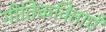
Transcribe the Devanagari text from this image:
गीतिकविताएँ